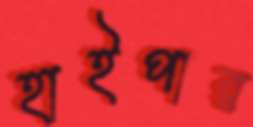
হাইপার